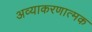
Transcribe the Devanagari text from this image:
अव्याकरणात्मक